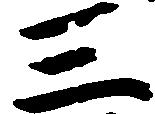
三